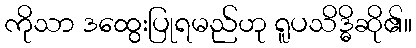
ကိုသာ ဒထွေးပြုရမည်ဟု ရူပသိဒ္ဓိဆို၏။